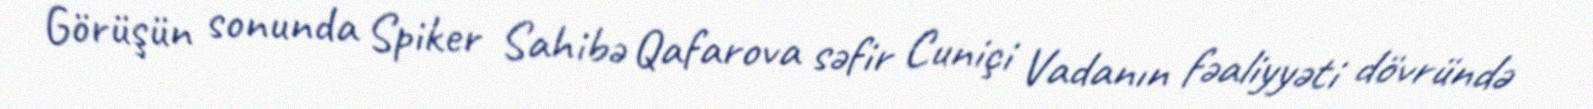
Görüşün sonunda Spiker Sahibə Qafarova səfir Cuniçi Vadanın fəaliyyəti dövründə